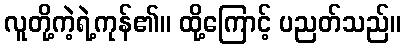
လူတို့ကဲ့ရဲ့ကုန်၏။ ထို့ကြောင့် ပညတ်သည်။